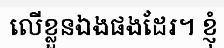
លើខ្លួនឯងផងដែរ។ ខ្ញុំ